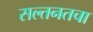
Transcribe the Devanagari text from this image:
सल्तनतचा